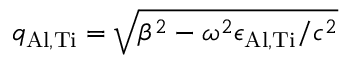
q _ { \mathrm { A l , T i } } = \sqrt { \beta ^ { 2 } - \omega ^ { 2 } \epsilon _ { \mathrm { A l , T i } } / c ^ { 2 } }